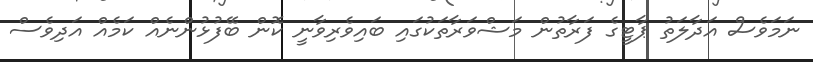
ނަމަވެސް އަދާލަތު ޕާޓީގެ ފަރާތުން މަޝްވަރާތަކުގައި ބައިވެރިވާނީ ކޮން ބޭފުޅުންނެއް ކަމެއް އަދިވެސް